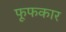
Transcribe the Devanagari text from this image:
फूफकार